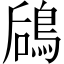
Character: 𬷎